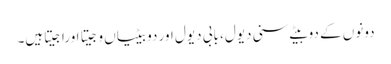
دونوں کے دوبیٹے سنی دیول، بابی دیول اور دو بیٹیاں وجیتا اوراجیتاہیں۔